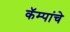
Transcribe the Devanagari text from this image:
कॅम्पांचे